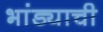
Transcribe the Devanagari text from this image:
भांड्याची